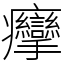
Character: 癴